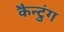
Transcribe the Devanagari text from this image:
कैन्टुंग